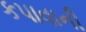
કપાવાની